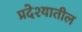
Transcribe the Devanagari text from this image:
प्रदेश्यातील